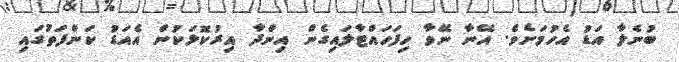
ބުނެލާ އަޑު އެހުމަށެވެ. އޭނާ ނޭވާ ހިފަހައްޓާލައިގެން އިންދާ އިރުކޮޅަކުން އެއަޑު ކަންފަތުގައި